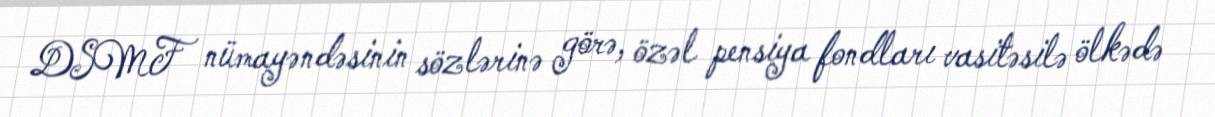
DSMF nümayəndəsinin sözlərinə görə, özəl pensiya fondları vasitəsilə ölkədə